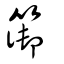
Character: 篽